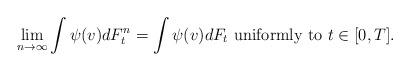
LaTeX: \begin{align*}\lim_{n\to\infty}\int\psi(v)dF^{n}_t=\int\psi(v)dF_t \mbox{ uniformly to } t\in[0,T].\end{align*}